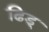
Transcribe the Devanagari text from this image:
ढिड्